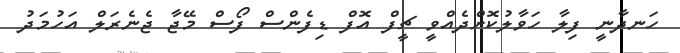
ހަނދާނީ ފިލާ ހަވާލުކޮށްދެއްވީ ޗީފް އޮފް ޑިފެންސް ފޯސް މޭޖާ ޖެނެރަލް އަހުމަދު